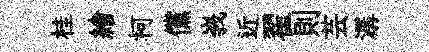
桂繪柯儻峩近翟則芸潺